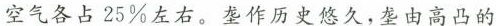
空气各占25%左右。垄作历史悠久，垄由高凸的